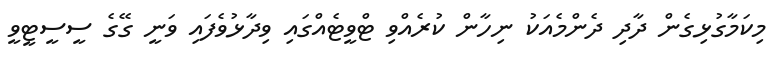
މިކަމާގުޅިގެން ދާދި ދެންމެއަކު ނިހާން ކުރެއްވި ޓްވީޓެއްގައި ވިދާޅުވެފައި ވަނީ ގޭގެ ސީސީޓީވީ